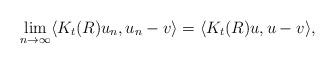
LaTeX: \begin{align*}\lim_{n\rightarrow\infty}\langle K_t(R) u_n , u_n - v \rangle = \langle K_t(R) u, u - v \rangle ,\end{align*}